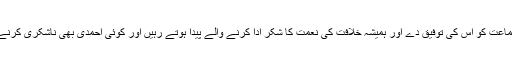
اللہ تعالیٰ جماعت کو اس کی توفیق دے اور ہمیشہ خلافت کی نعمت کا شکر ادا کرنے والے پیدا ہوتے رہیں اور کوئی احمدی بھی ناشکری کرنے والا نہ ہو۔